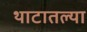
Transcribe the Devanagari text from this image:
थाटातल्या